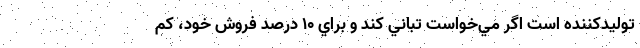
تولیدکننده است اگر مي‌خواست تباني كند و براي ١٠ درصد فروش خود، كم